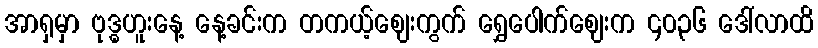
အာရှမှာ ဗုဒ္ဓဟူးနေ့ နေ့ခင်းက တကယ့်ဈေးကွက် ရွှေပေါက်ဈေးက ၄၀၃၆ ဒေါ်လာထိ